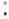
: